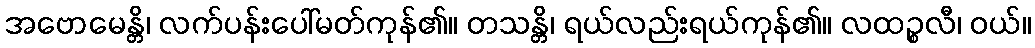
အဗောမေန္တိ၊ လက်ပန်းပေါ်မတ်ကုန်၏။ တသန္တိ၊ ရယ်လည်းရယ်ကုန်၏။ လထဉ္စလီ၊ ဝယ်။